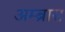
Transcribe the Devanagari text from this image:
अम्ब्रास